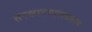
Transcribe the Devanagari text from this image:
सरकारचालवतात